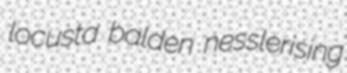
locusta balden nesslerising